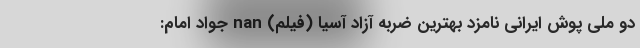
دو ملی پوش ایرانی نامزد بهترین ضربه آزاد آُسیا (فیلم) nan جواد امام: